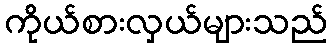
ကိုယ်စားလှယ်များသည်